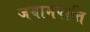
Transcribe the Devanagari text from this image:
जयामपाति